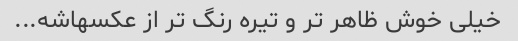
خیلی خوش ظاهر تر و تیره رنگ تر از عکسهاشه...